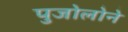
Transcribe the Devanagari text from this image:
पुजोलोने